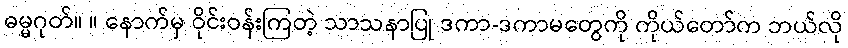
ဓမ္မဂုတ်။ ။ နောက်မှ ဝိုင်းဝန်းကြတဲ့ သာသနာပြု ဒကာ-ဒကာမတွေကို ကိုယ်တော်က ဘယ်လို